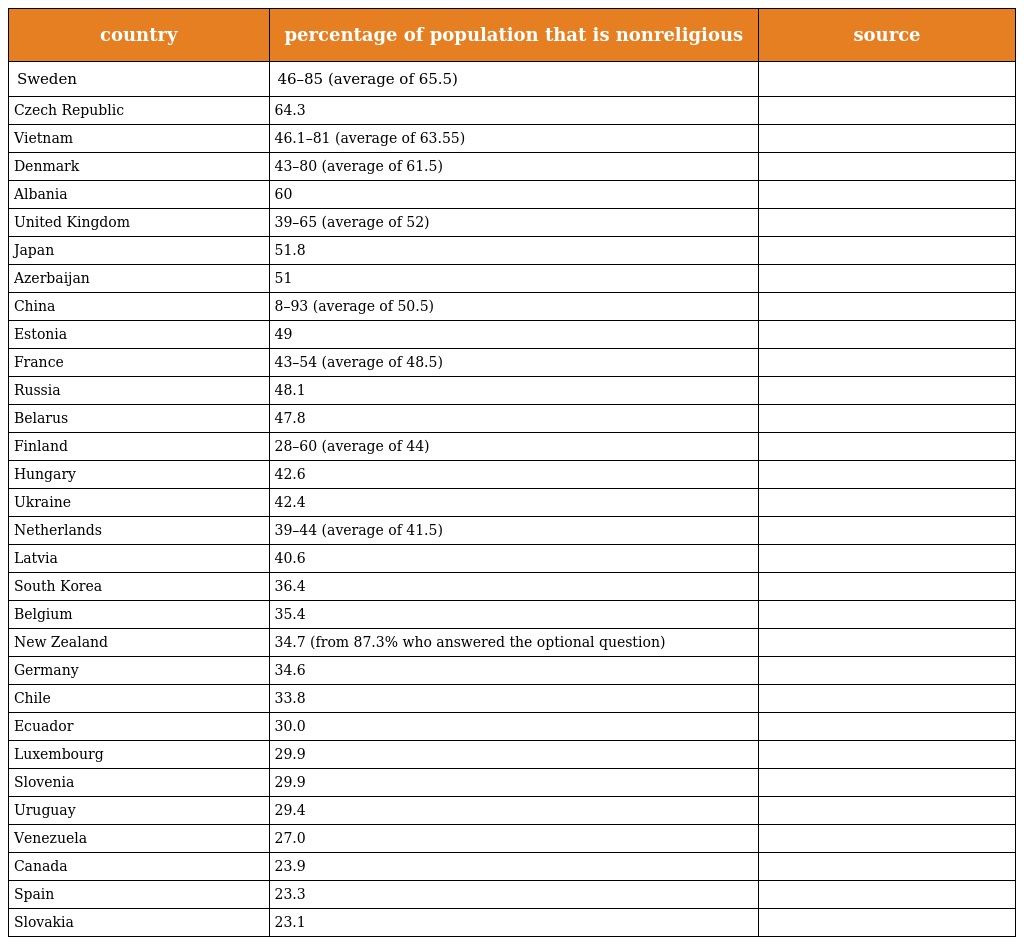
| country | percentage of population that is nonreligious | source |
 | --- | --- | --- |
 | Sweden | 46–85 (average of 65.5) |  |
 | Czech Republic | 64.3 |  |
 | Vietnam | 46.1–81 (average of 63.55) |  |
 | Denmark | 43–80 (average of 61.5) |  |
 | Albania | 60 |  |
 | United Kingdom | 39–65 (average of 52) |  |
 | Japan | 51.8 |  |
 | Azerbaijan | 51 |  |
 | China | 8–93 (average of 50.5) |  |
 | Estonia | 49 |  |
 | France | 43–54 (average of 48.5) |  |
 | Russia | 48.1 |  |
 | Belarus | 47.8 |  |
 | Finland | 28–60 (average of 44) |  |
 | Hungary | 42.6 |  |
 | Ukraine | 42.4 |  |
 | Netherlands | 39–44 (average of 41.5) |  |
 | Latvia | 40.6 |  |
 | South Korea | 36.4 |  |
 | Belgium | 35.4 |  |
 | New Zealand | 34.7 (from 87.3% who answered the optional question) |  |
 | Germany | 34.6 |  |
 | Chile | 33.8 |  |
 | Ecuador | 30.0 |  |
 | Luxembourg | 29.9 |  |
 | Slovenia | 29.9 |  |
 | Uruguay | 29.4 |  |
 | Venezuela | 27.0 |  |
 | Canada | 23.9 |  |
 | Spain | 23.3 |  |
 | Slovakia | 23.1 |  |